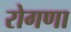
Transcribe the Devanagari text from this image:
रोगणा